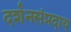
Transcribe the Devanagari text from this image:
दर्शनसंप्रदाय